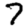
Digit: 7